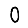
Digit: 0